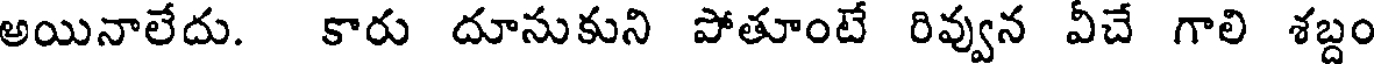
అయినాలేదు. కారు దూనుకుని పోతూంటే రివ్వున వీచే గాలి శబ్దం